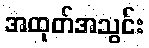
အထုတ်အသွင်း